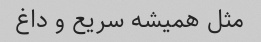
مثل همیشه سریع و داغ